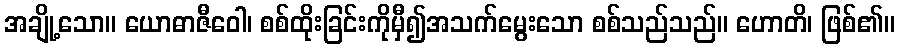
အချို့သော။ ယောဓာဇီဝေါ၊ စစ်ထိုးခြင်းကိုမှီ၍အသက်မွေးသော စစ်သည်သည်။ ဟောတိ၊ ဖြစ်၏။